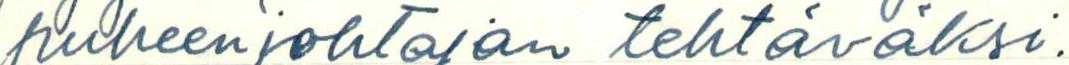
puheenjohtajan tehtäväksi.